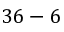
3 6 - 6